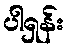
ပါရှန်း